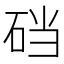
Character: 𱳹